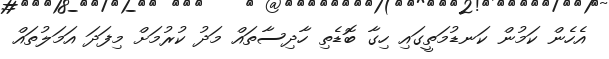
އެހެން ކަމުން ކަނޑުމަތީގައި ހިގާ ބޮޑެތި ހާދިސާތައް މަދު ކުރުމަށް މިފަދަ އަމަލުތައް